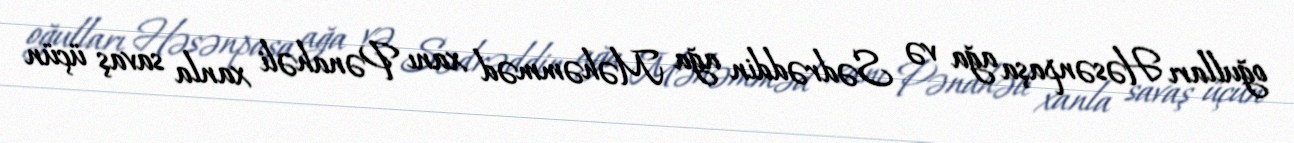
oğulları Həsənpaşa ağa və Sədrəddin ağa Məhəmməd xanı Pənahəli xanla savaş üçün